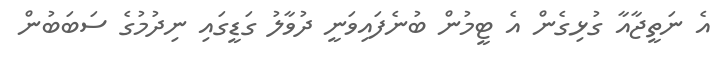
އެ ނަތީޖާއާ ގުޅިގެން އެ ޓީމުން ބުނެފައިވަނީ ދުވާލު ގަޑީގައި ނިދުމުގެ ސަބަބުން